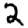
Digit: 2